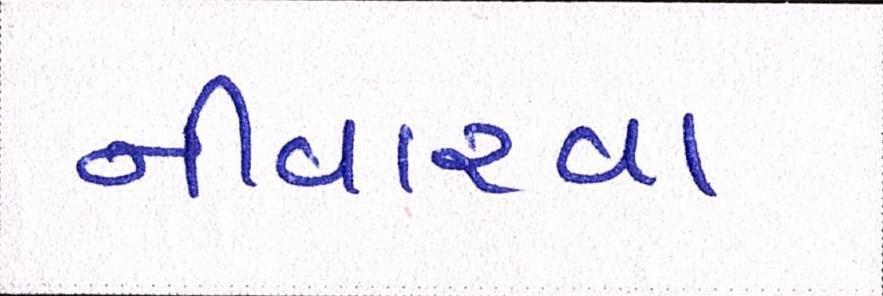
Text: નીવારવા